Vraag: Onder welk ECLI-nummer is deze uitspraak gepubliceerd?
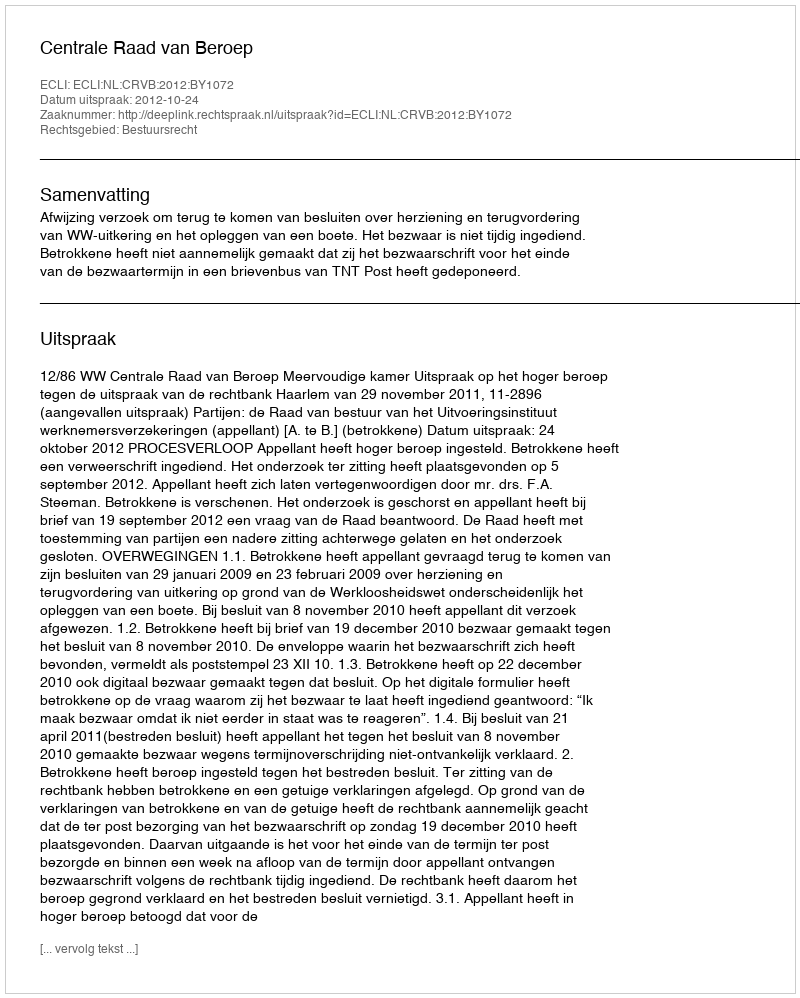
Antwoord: ECLI:NL:CRVB:2012:BY1072